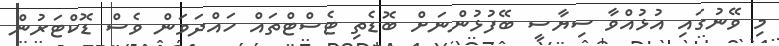
މި ވޭނުގައި އުޅުއްވާ ސިޔާސީ ބޭފުޅުންނަށް ބޮޑެތި ޓެސްޓްތައް ހައްދަވަން ވެސް ޑޮކްޓަރުން